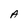
Character: A